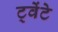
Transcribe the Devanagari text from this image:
ट्वेंटे